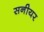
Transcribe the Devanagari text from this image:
सनीयर